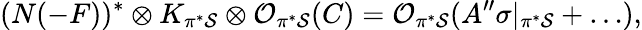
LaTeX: (N(-F))^{*}\otimes K_{\pi^{*}{\cal S}}\otimes{\cal O}_{\pi^{*}{\cal S}}(C)={\cal O}_{\pi^{*}{\cal S}}(A^{\prime\prime}\sigma|_{\pi^{*}{\cal S}}+\dots),